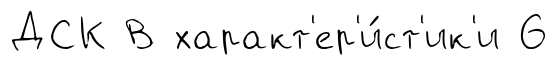
ДСК В характ'ер'и́ст'ик'и 6